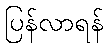
ပြန်လာရန်